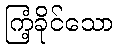
ကြံ့ခိုင်သော